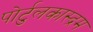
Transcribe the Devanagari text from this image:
पोर्टुलकास्द्रम